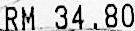
RM 34.80